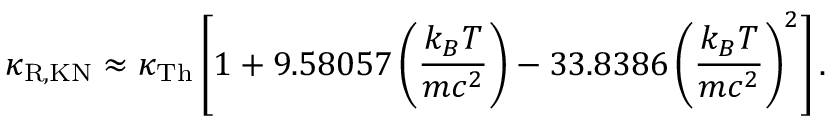
\kappa _ { \mathrm { R , K N } } \approx \kappa _ { \mathrm { T h } } \left[ 1 + 9 . 5 8 0 5 7 \left( \frac { k _ { B } T } { m c ^ { 2 } } \right) - 3 3 . 8 3 8 6 \left( \frac { k _ { B } T } { m c ^ { 2 } } \right) ^ { 2 } \right] .